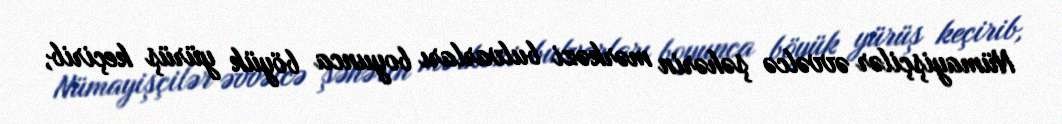
Nümayişçilər əvvəlcə şəhərin mərkəzi bulvarları boyunca böyük yürüş keçirib,